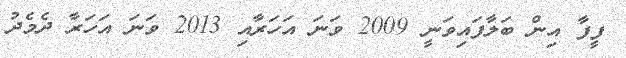
ފީފާ އިން ބަލާފައިވަނީ 2009 ވަނަ އަހަރާއި 2013 ވަނަ އަހަރާ ދެމެދު